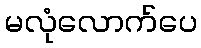
မလုံလောက်ပေ